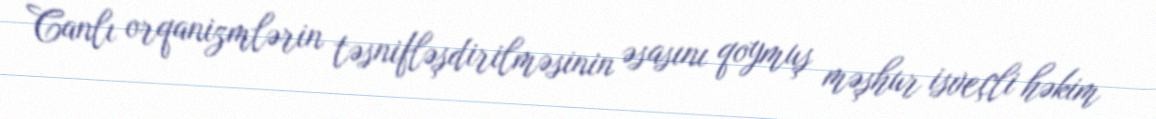
Canlı orqanizmlərin təsnifləşdirilməsinin əsasını qoymuş məşhur isveçli həkim